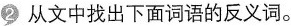
2从文中找出下面词语的反义词。